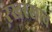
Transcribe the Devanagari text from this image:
ऱखरखाव